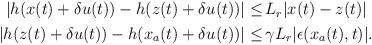
LaTeX: \begin{align*}\begin{aligned}|h(x(t)+\delta u(t))-h(z(t)+\delta u(t))| \le &\, L_r |x(t)-z(t)|\\|h(z(t)+\delta u(t))-h(x_a(t)+\delta u(t))|\le & \,\gamma L_r |\epsilon(x_a(t),t)|.\end{aligned}\end{align*}